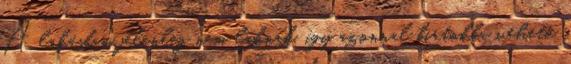
A lakásban jelenleg nem laknak, így azonnal birtokba vehető